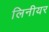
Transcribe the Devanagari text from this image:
लिनीयर